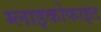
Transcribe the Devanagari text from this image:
ग्लाइकोफाइट